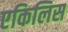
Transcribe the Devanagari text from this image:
एकिलिस